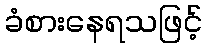
ခံစားနေရသဖြင့်